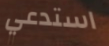
استدعي